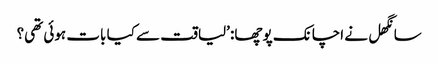
سانگھل نے اچانک پوچھا: ’لیاقت سے کیا بات ہوئی تھی؟